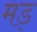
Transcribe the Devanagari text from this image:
मड़